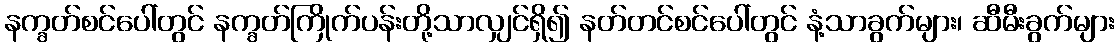
နက္ခတ်စင်ပေါ်တွင် နက္ခတ်ကြိုက်ပန်းတို့သာလျှင်ရှိ၍ နတ်တင်စင်ပေါ်တွင် နံ့သာခွက်များ၊ ဆီမီးခွက်များ